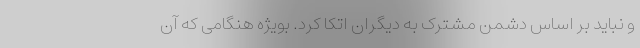
و نباید بر اساس دشمن مشترک به دیگران اتکا کرد. بویژه هنگامی که آن